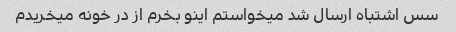
سس اشتباه ارسال شد میخواستم اینو بخرم از در خونه میخریدم